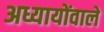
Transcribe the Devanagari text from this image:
अध्यायोंवाले